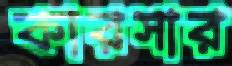
কারসার